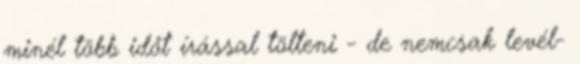
minél több időt írással tölteni - de nemcsak levél-